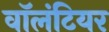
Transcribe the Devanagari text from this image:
वाॅलंटियर